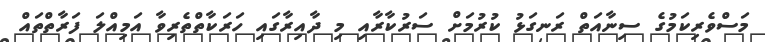
މަސްވެރިކަމުގެ ސިނާއަތް ރަނގަޅު ކުރުމަށް ސަރުކާރާއި މި ދާއިރާގައި ހަރަކާތްތެރިވާ އަމިއްލަ ފަރާތްތައް